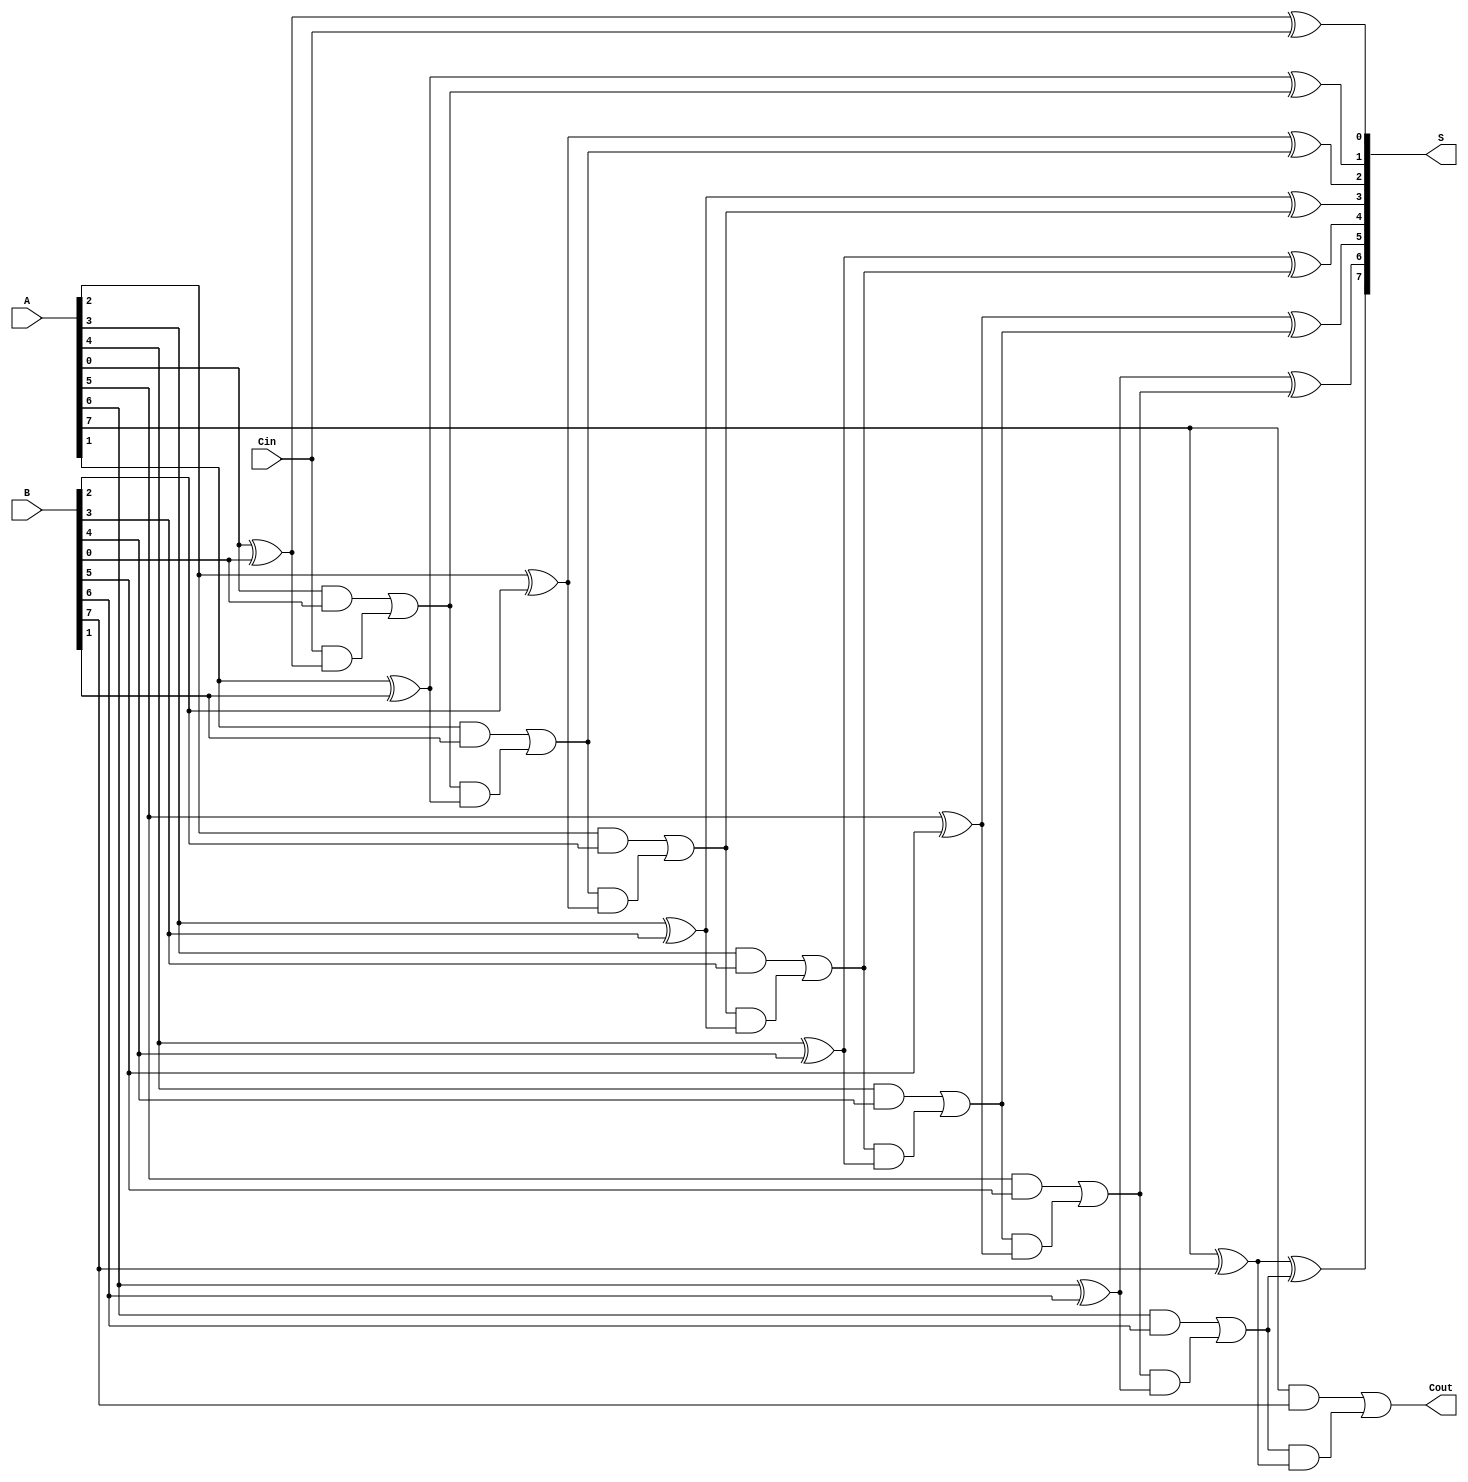
module ManchesterCarryChainAdder #(parameter WIDTH = 8) (
    input  wire [WIDTH-1:0] A,    // First operand
    input  wire [WIDTH-1:0] B,    // Second operand
    input  wire Cin,               // Carry-in
    output wire [WIDTH-1:0] S,     // Sum output
    output wire Cout               // Carry-out
);

    // Internal carry signals
    wire [WIDTH:0] C;

    // Assign the carry-in to C[0]
    assign C[0] = Cin;

    // Generate the sum and carry for each bit
    genvar i;
    generate
        for (i = 0; i < WIDTH; i = i + 1) begin : adder
            // Sum calculation
            assign S[i] = A[i] ^ B[i] ^ C[i];

            // Carry calculation using Manchester Carry Chain logic
            assign C[i + 1] = (A[i] & B[i]) | (C[i] & (A[i] ^ B[i]));
        end
    endgenerate

    // Assign the final carry-out
    assign Cout = C[WIDTH];

endmodule